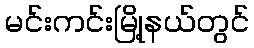
မင်းကင်းမြို့နယ်တွင်